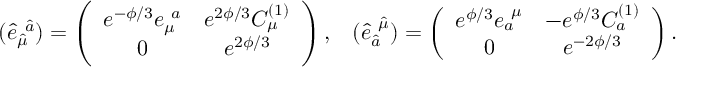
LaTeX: \left. \begin{array} { c c } { { ( \hat { e } _ { \hat { \mu } } ^ { \ \hat { a } } ) = \left( \begin{array} { c c } { { e ^ { - \phi / 3 } e _ { \mu } ^ { \ a } } } & { { e ^ { 2 \phi / 3 } C _ { \mu } ^ { ( 1 ) } } } \\ { { 0 } } & { { e ^ { 2 \phi / 3 } } } \end{array} \right) , } } & { { ( \hat { e } _ { \hat { a } } ^ { \ \hat { \mu } } ) = \left( \begin{array} { c c } { { e ^ { \phi / 3 } e _ { a } ^ { \ \mu } } } & { { - e ^ { \phi / 3 } C _ { a } ^ { ( 1 ) } } } \\ { { 0 } } & { { e ^ { - 2 \phi / 3 } } } \end{array} \right) . } } \end{array} \right.